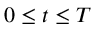
0 \leq t \leq T